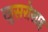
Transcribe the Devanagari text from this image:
खुसरोशाह